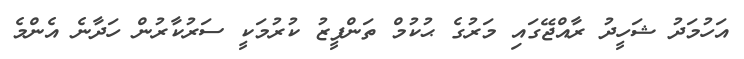
އަހުމަދު ޝަހީދު ރާއްޖޭގައި މަރުގެ ޙުކުމް ތަންފީޒު ކުރުމަކީ ސަރުކާރުން ހަދާނެ އެންމެ